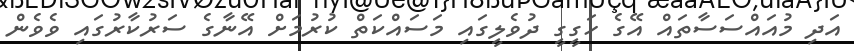
އަދި މުއައްސަސާތައް އޭގެ ހަގީގީ ދުވެލީގައި މަސައްކަތް ކުރުމަށް އޭނާގެ ސަރުކާރުގައި ވެވެން